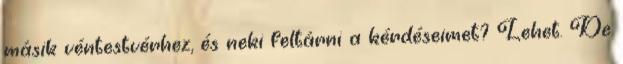
másik véntestvérhez, és neki feltárni a kérdéseimet? Lehet. De